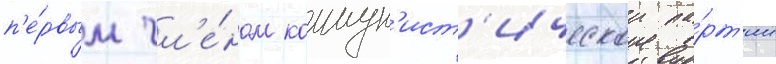
п'е́рвым чл'е́ном коммун'ист'ическои па́рт'ии